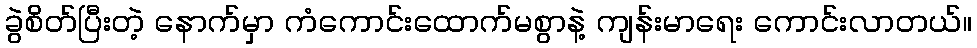
ခွဲစိတ်ပြီးတဲ့ နောက်မှာ ကံကောင်းထောက်မစွာနဲ့ ကျန်းမာရေး ကောင်းလာတယ်။